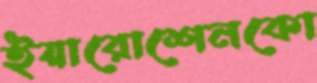
ইয়ারোশেনকো